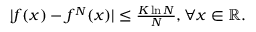
\begin{array} { r } { | f ( x ) - f ^ { N } ( x ) | \leq \frac { K \ln N } { { N } } , \forall x \in \mathbb { R } . } \end{array}